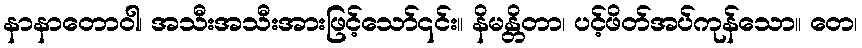
နာနာတောဝါ၊ အသီးအသီးအားဖြင့်သော်၎င်း။ နိမန္တိတာ၊ ပင့်ဖိတ်အပ်ကုန်သော။ တေ၊